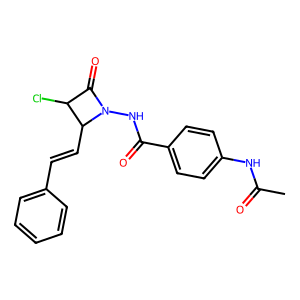
SMILES: CC(=O)Nc1ccc(C(=O)NN2C(=O)C(Cl)C2C=Cc2ccccc2)cc1
Inhibits HIV replication: Yes